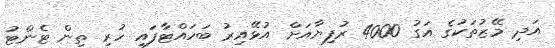
އަދި މޭޒުތަކުގެ އަގު 4000 ރުފިޔާއަށް އުޅޭއިރު ބަހައްޓާފައި ހުރި ތިން ޓެންޓު